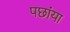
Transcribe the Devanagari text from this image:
पछांया